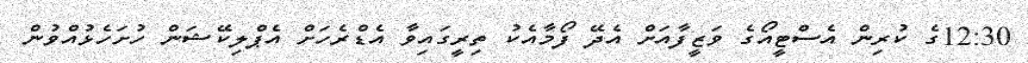
12:30ގެ ކުރިން އެސްޓީއޯގެ ވަޒީފާއަށް އެދޭ ފޯމާއެކު ތިރީގައިވާ އެޑްރެހަށް އެޕްލިކޭޝަން ހުށަހެޅުއްވުން